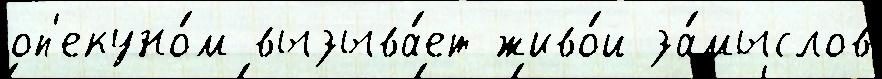
оп'екуно́м вызыва́ет живо́й за́мыслов